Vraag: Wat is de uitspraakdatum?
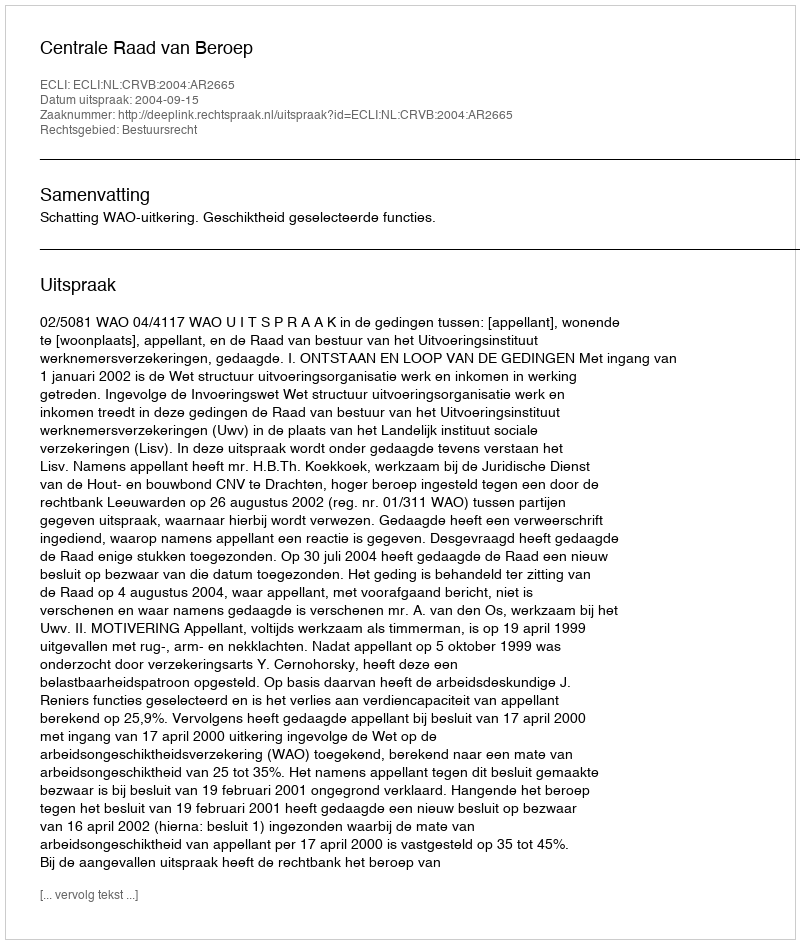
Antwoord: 2004-09-15